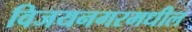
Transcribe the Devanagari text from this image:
विजयनगरमधील